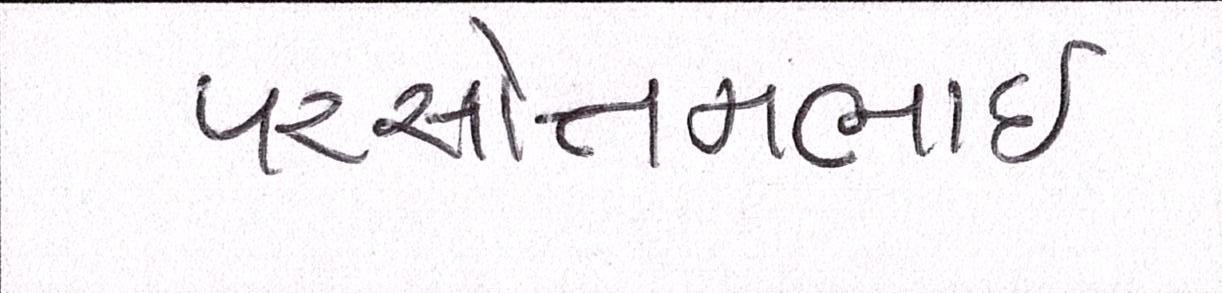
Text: પરસોત્તમભાઈ